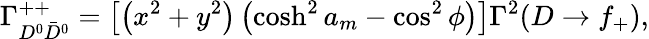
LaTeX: \Gamma_{D^{0}\bar{D}^{0}}^{++}=\left[\left(x^{2}+y^{2}\right)\left(\cosh^{2}a_{m}-\cos^{2}\phi\right)\right]\Gamma^{2}(D\to f_{+}),